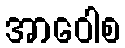
အာဝေါစ